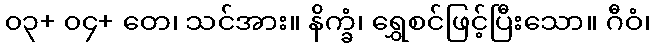
၀၃+ ၀၄+ တေ၊ သင်အား။ နိက္ခံ၊ ရွှေစင်ဖြင့်ပြီးသော။ ဂီဝံ၊